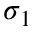
\sigma _ { 1 }